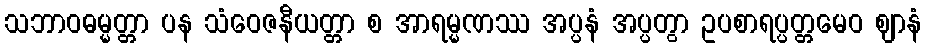
သဘာဝဓမ္မတ္တာ ပန သံဝေဇနီယတ္တာ စ အာရမ္မဏဿ အပ္ပနံ အပ္ပတွာ ဥပစာရပ္ပတ္တမေဝ ဈာနံ